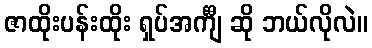
ဇာထိုးပန်းထိုး ရှပ်အင်္ကျီ ဆို ဘယ်လိုလဲ။